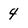
Character: 4